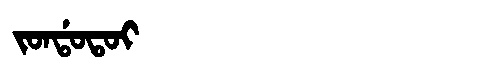
Manchu: ᠵᠣᠨᡩᠣᡨᠣᡳ
Romanization: JONDOTOI